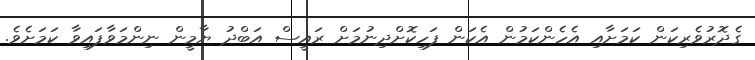
ގެދޮރުވެރިކަން ކަމަށާއި އެހެންކަމުން އެކަން ފަހިކޮށްދިނުމަށް ރައީސް އަބްދު ޔާމީން ނިންމަވާފައިވާ ކަމަށެވެ.